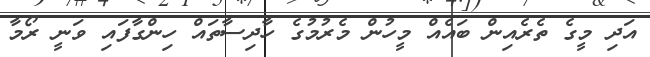
އަދި މީގެ ތެރެއިން ބައެއް މީހުން މެރުމުގެ ހާދިސާތައް ހިންގާފައި ވަނީ ރޯމާ